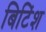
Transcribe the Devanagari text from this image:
बिटिंश